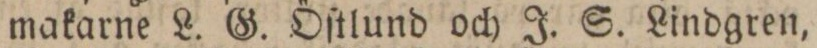
makarne L. G. Öſtlund och J. S. Lindgren,